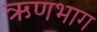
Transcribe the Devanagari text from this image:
ऋणभाग